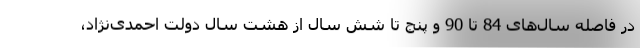
در فاصله‌ سال‌های 84 تا 90 و پنج تا شش سال از هشت سال دولت احمدی‌نژاد،